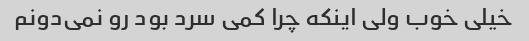
خیلی خوب ولی اینکه چرا کمی سرد بود رو نمی‌دونم